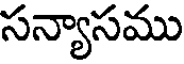
సన్యాసము